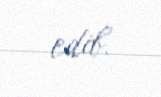
edib.